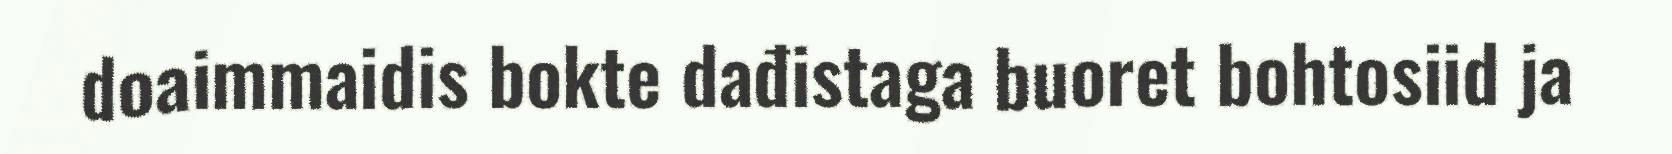
doaimmaidis bokte dađistaga buoret bohtosiid ja